Scottish Leaving Certificate Examination, 1958
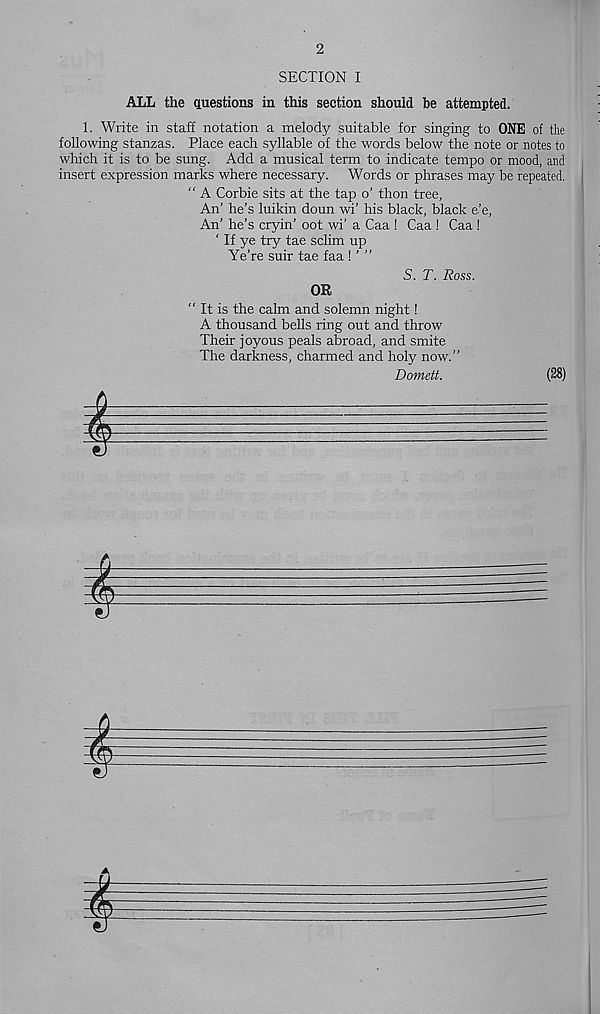
2
SECTION I
ALL the questions in this section should be attempted.
1. Write in staff notation a melody suitable for singing to ONE of the
following stanzas. Place each syllable of the words below the note or notes to
which it is to be sung. Add a musical term to indicate tempo or mood, and
insert expression marks where necessary. Words or phrases may be repeated.
“ A Corbie sits at the tap o’ thon tree,
An’ he’s luikin doun wi’ his black, black e’e,
An’ he’s cryin’ oot wi’ a Caa ! Caa ! Caa !
' If ye try tae sclim up
Ye’re suir tae faa ! ’ ”
S. T. Ross.
OR
“ It is the calm and solemn night!
A thousand bells ring out and throw
Their joyous peals abroad, and smite
The darkness, charmed and holy now.”
Domett.
(28)